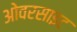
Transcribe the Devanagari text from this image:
ओवरसाइट